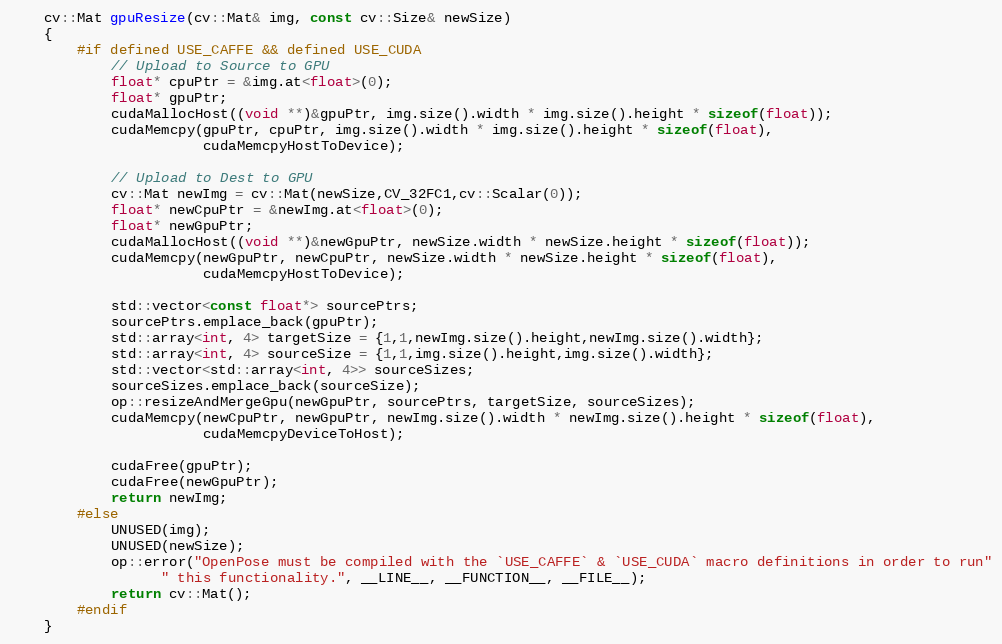
Language: C++
    cv::Mat gpuResize(cv::Mat& img, const cv::Size& newSize)
    {
        #if defined USE_CAFFE && defined USE_CUDA
            // Upload to Source to GPU
            float* cpuPtr = &img.at<float>(0);
            float* gpuPtr;
            cudaMallocHost((void **)&gpuPtr, img.size().width * img.size().height * sizeof(float));
            cudaMemcpy(gpuPtr, cpuPtr, img.size().width * img.size().height * sizeof(float),
                       cudaMemcpyHostToDevice);

            // Upload to Dest to GPU
            cv::Mat newImg = cv::Mat(newSize,CV_32FC1,cv::Scalar(0));
            float* newCpuPtr = &newImg.at<float>(0);
            float* newGpuPtr;
            cudaMallocHost((void **)&newGpuPtr, newSize.width * newSize.height * sizeof(float));
            cudaMemcpy(newGpuPtr, newCpuPtr, newSize.width * newSize.height * sizeof(float),
                       cudaMemcpyHostToDevice);

            std::vector<const float*> sourcePtrs;
            sourcePtrs.emplace_back(gpuPtr);
            std::array<int, 4> targetSize = {1,1,newImg.size().height,newImg.size().width};
            std::array<int, 4> sourceSize = {1,1,img.size().height,img.size().width};
            std::vector<std::array<int, 4>> sourceSizes;
            sourceSizes.emplace_back(sourceSize);
            op::resizeAndMergeGpu(newGpuPtr, sourcePtrs, targetSize, sourceSizes);
            cudaMemcpy(newCpuPtr, newGpuPtr, newImg.size().width * newImg.size().height * sizeof(float),
                       cudaMemcpyDeviceToHost);

            cudaFree(gpuPtr);
            cudaFree(newGpuPtr);
            return newImg;
        #else
            UNUSED(img);
            UNUSED(newSize);
            op::error("OpenPose must be compiled with the `USE_CAFFE` & `USE_CUDA` macro definitions in order to run"
                  " this functionality.", __LINE__, __FUNCTION__, __FILE__);
            return cv::Mat();
        #endif
    }